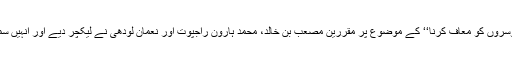
تقریبات کے دوران بچوں کی تربیت کے لیے مجوزہ 6 اخلاقی اقدار میں سے پانچویں قدر ’’دوسروں کو معاف کرنا‘‘ کے موضوع پر مقررین مصعب بن خالد، محمد ہارون راجپوت اور نعمان لودھی نے لیکچر دیے اور انہیں سماجی، اخلاقی اور اسلامی نکتۂ نگاہ سے معاف کرنے کی اہمیت اور خصوصیات سے آگاہ کیا۔